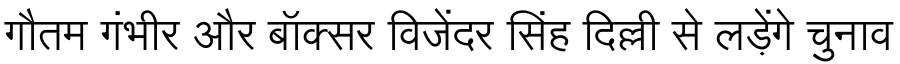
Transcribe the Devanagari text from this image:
गौतम गंभीर और बॉक्सर विजेंदर सिंह दिल्ली से लड़ेंगे चुनाव